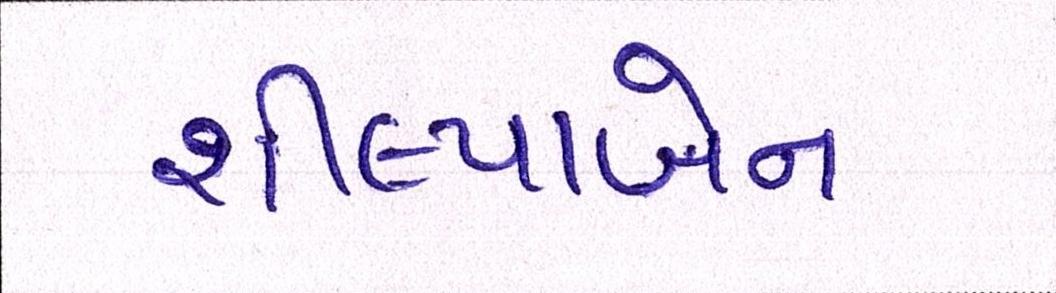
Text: શીલ્પાબેન